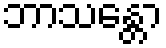
ဘာသန္တော